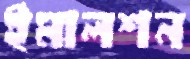
ইমালশন